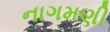
નાગમણી